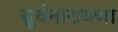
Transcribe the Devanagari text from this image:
सुर्यनारायणा